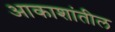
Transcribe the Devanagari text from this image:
आकाशांतील